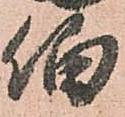
伯